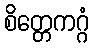
စိတ္တေကဂ္ဂံ